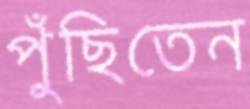
পুঁছিতেন